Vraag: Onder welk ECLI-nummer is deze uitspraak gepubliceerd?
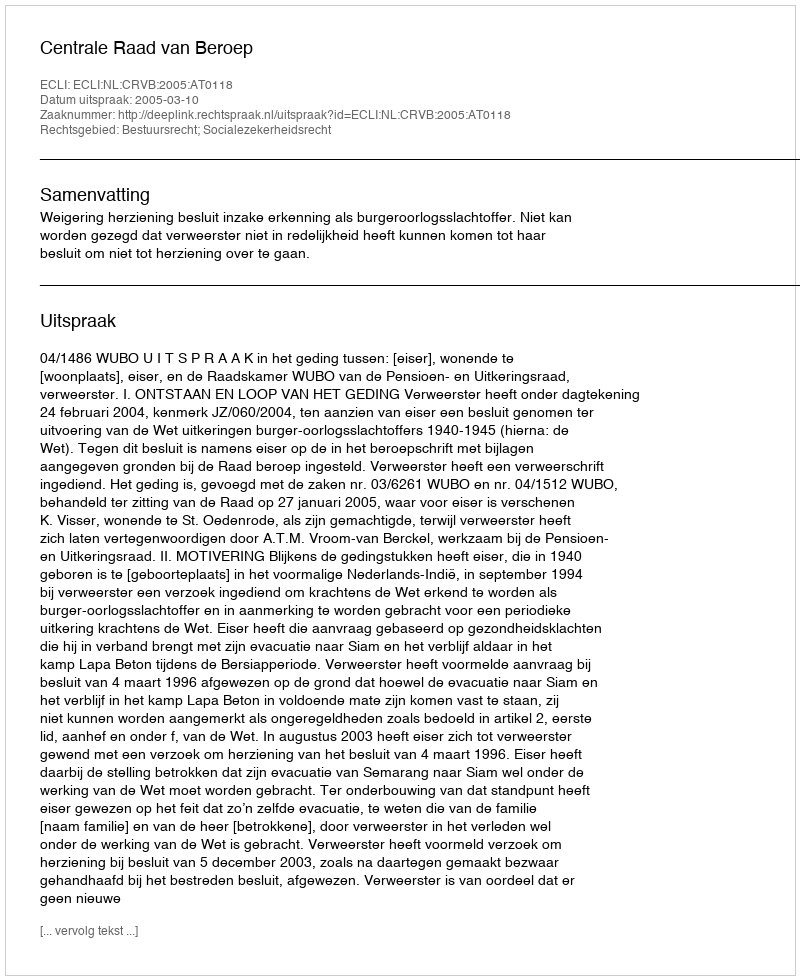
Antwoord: ECLI:NL:CRVB:2005:AT0118